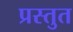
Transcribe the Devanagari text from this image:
प्रस्‍तुत